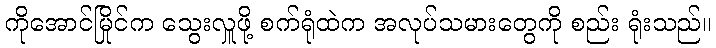
ကိုအောင်မြိုင်က သွေးလှူဖို့ စက်ရုံထဲက အလုပ်သမားတွေကို စည်း ရုံးသည်။